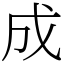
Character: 成